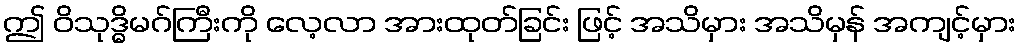
ဤ ဝိသုဒ္ဓိမဂ်ကြီးကို လေ့လာ အားထုတ်ခြင်း ဖြင့် အသိမှား အသိမှန် အကျင့်မှား